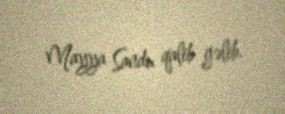
Mayya Sandu qalib gəlib.